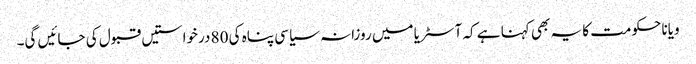
ویانا حکومت کا یہ بھی کہنا ہے کہ آسٹریا میں روزانہ سیاسی پناہ کی 80 درخواستیں قبول کی جائیں گی۔